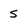
Character: 5